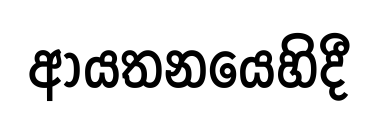
ආයතනයෙහිදී